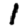
Digit: 1